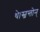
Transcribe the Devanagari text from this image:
थे।स्च्रन्तोन्